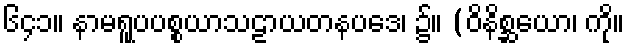
၆၄၁။ နာမရူပပစ္စယာသဠာယတနပဒေ၊ ၌။ (ဝိနိစ္ဆယော၊ ကို။